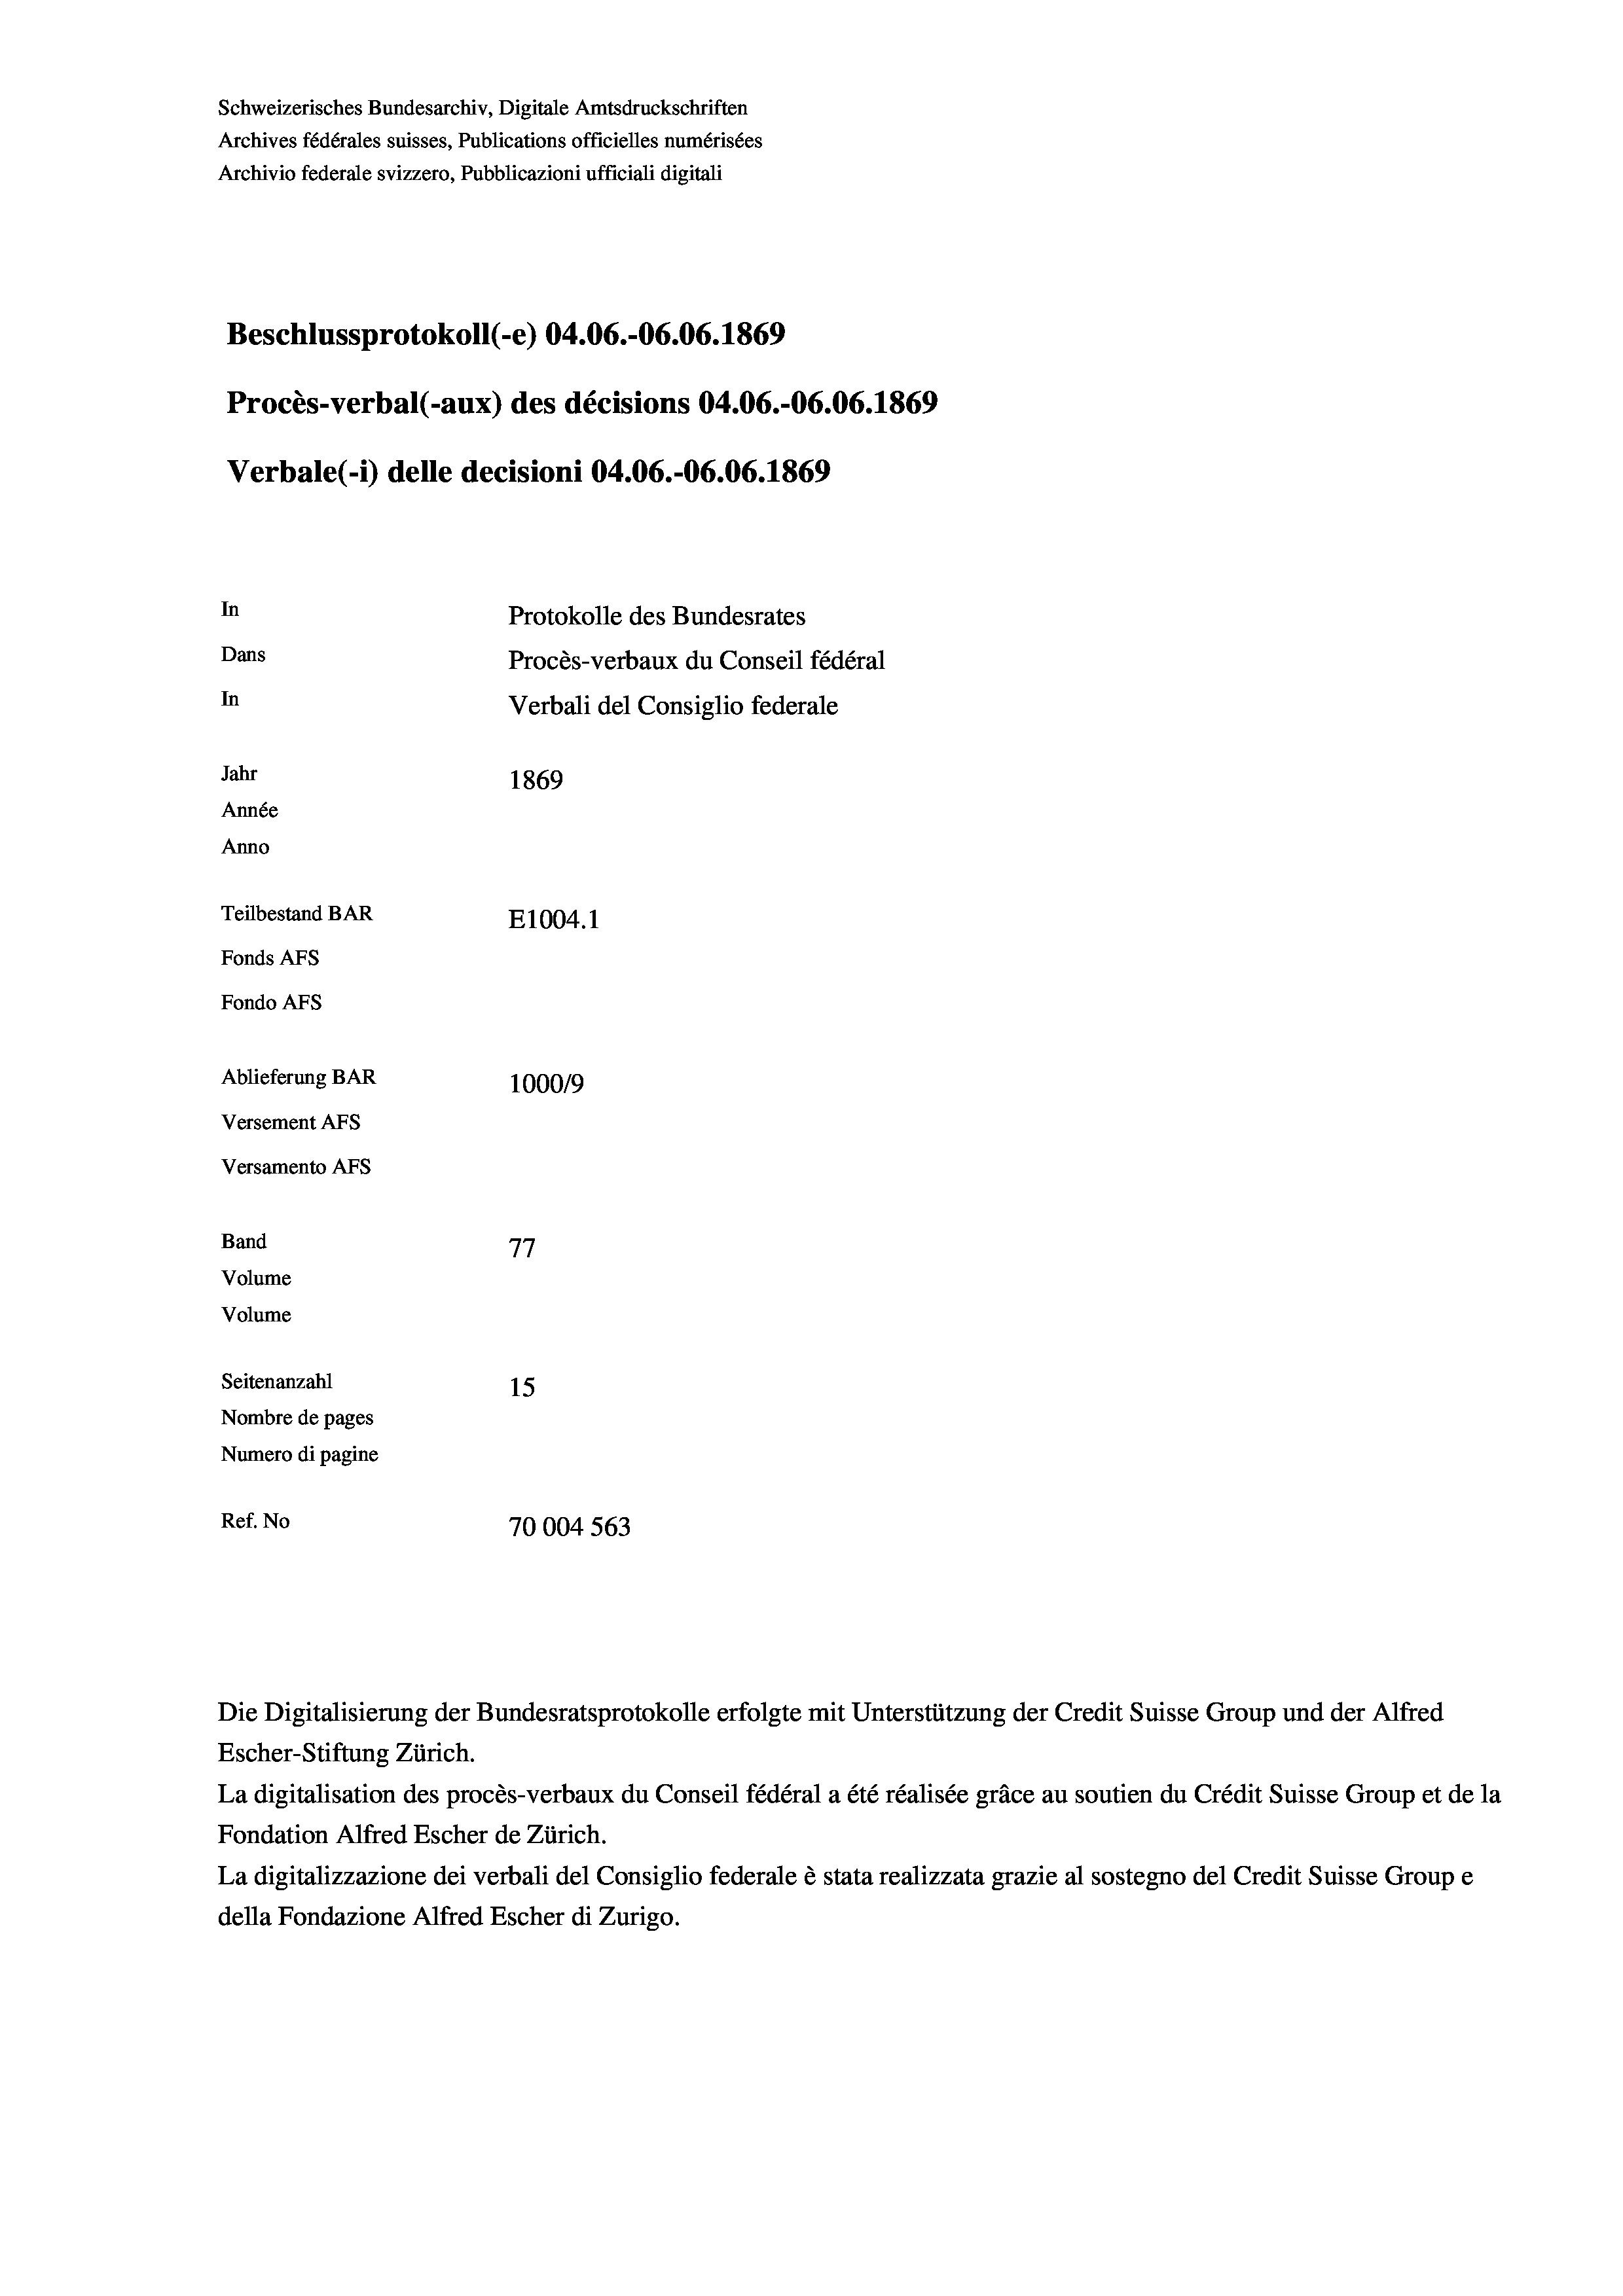
Schweizerisches Bundesarchiv, Digitale Amtsdruckschriften
Archives fédérales suisses, Publications officielles numérisées
Archivio federale svizzero, Pubblicazioni ufficiali digitali
Beschlussprotokoll (-e) 04.06.-06.06. 1869
Procès-verbal (-aux) des décisions 04.06.-06.06. 1869
Verbale (i) delle decisioni 04.06.-06.06. 1869
In
Protokolle des Bundesrates
Dans
Procès-verbaux du Conseil fédéral
In
Verbali del Consiglio federale
Jahr
1869
Année
Anno
Teilbestand BAR
E1004.1
Fonds AFs
Fondo Afs
Ablieferung BAR
100019
Versement AFs
Versamento Afs
77
Band
Volume
Volume
Seitenanzahl
15
Nombre de pages
Numero di pagine
Ref. No
70004 563

Escher-Stiftung Zürich.
La digitalisation des procès-verbaux du Conseil fédéral a été réalisée gräce au soutien du Crédit Suisse Group et de la
Fondation Alfred Escher de Zürich.
La digitalizzazione dei verbali del Consiglio federale è stata realizzata grazie al sostegno del Credit Suisse Groupe
della Fondazione Alfred Escher di Zurigo.

Die Digitalisierung der Bundesratsprotokolle erfolgte mit Unterstützung der Credit Suisse Group und der Alfred